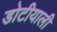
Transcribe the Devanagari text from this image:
डोटीयाली